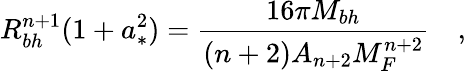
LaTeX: R_{bh}^{n+1}(1+a_{*}^{2})=\frac{16\pi M_{bh}}{(n+2)A_{n+2}M_{F}^{n+2}}\quad,